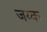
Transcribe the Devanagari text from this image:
जय्क